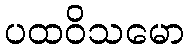
ပထဝိသမော